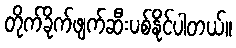
တိုက်ခိုက်ဖျက်ဆီးပစ်နိုင်ပါတယ်။